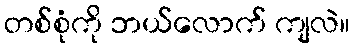
တစ်စုံကို ဘယ်လောက် ကျလဲ။